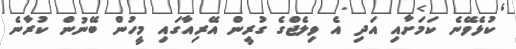
ކުޅެވޭނެ ކަމަށާއި އަދި އެ ވިލެޖްގެ ގުރީން އޭރިއާގައި މީހުން ބޭނުން ކުރާނެ